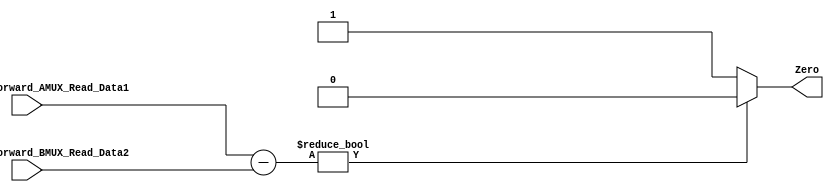
module Comparator(

input[31:0]out_ID_EXE_Forward_AMUX_Read_Data1,
input [31:0]out_ID_EXE_Forward_BMUX_Read_Data2,
output reg Zero
);

always@(*)begin
if((out_ID_EXE_Forward_AMUX_Read_Data1-out_ID_EXE_Forward_BMUX_Read_Data2) !=0)begin
		Zero=0;
		end
else begin
		Zero=1;
		end
	end
endmodule